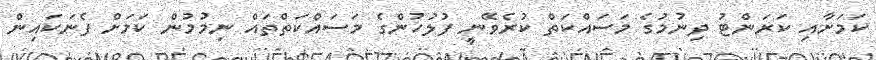
ކަމަށާއި ކަރަންޓު ދިނުމުގެ މަސައްކަތް ކުރެވޭނީ ފުލުހުންގެ މަސައްކަތްތައް ނިމުމުން ކަމަށް ފެނަކައިން